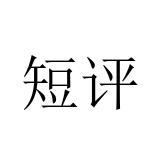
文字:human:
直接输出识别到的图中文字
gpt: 短评